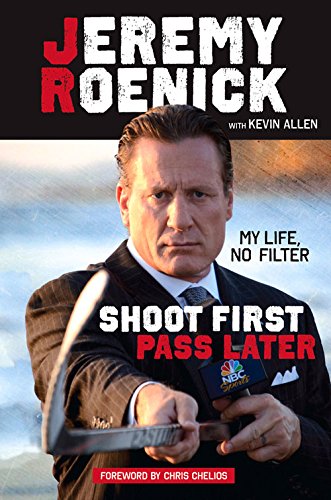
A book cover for Shoot First, Pass Later: My Life, No Filter; Jeremy Roenick; Biographies & Memoirs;